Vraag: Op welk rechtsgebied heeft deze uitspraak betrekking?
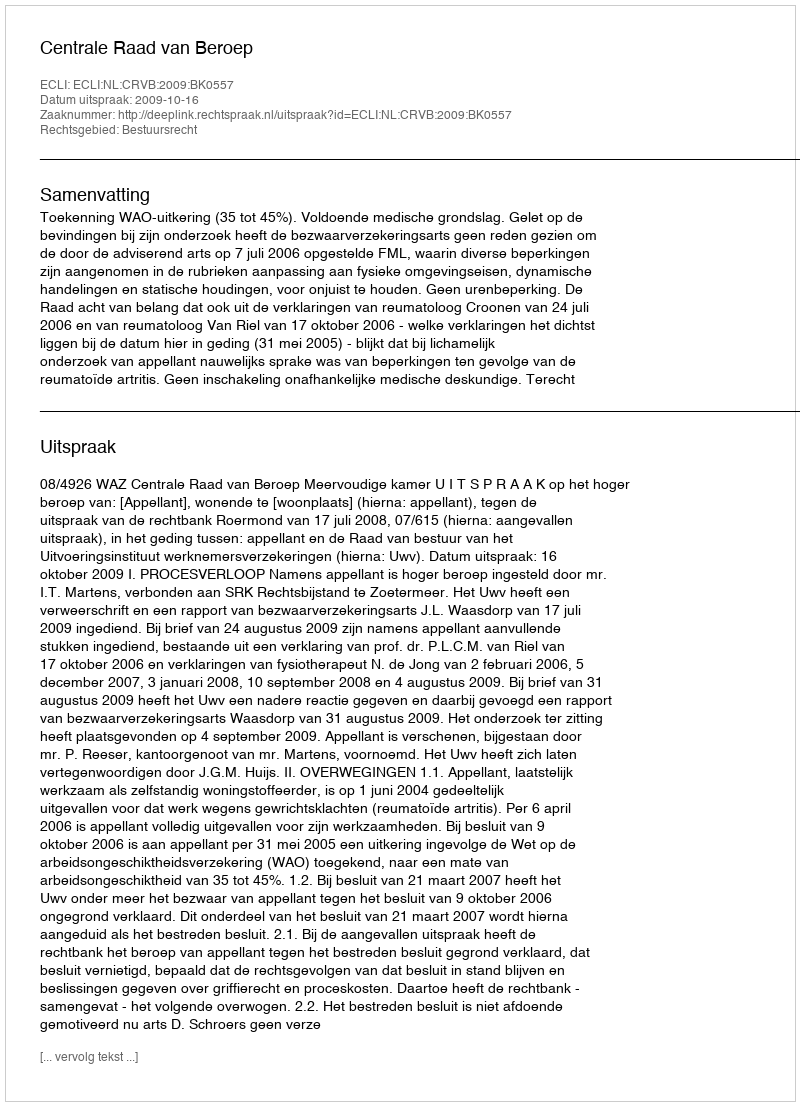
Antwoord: Bestuursrecht